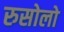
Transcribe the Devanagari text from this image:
रुसोलो